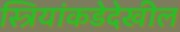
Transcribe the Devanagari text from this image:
स्त्रियांकडेदेखील